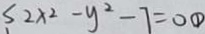
S 2 x ^ { 2 } - y ^ { 2 } - 7 = 0 \textcircled { 1 }